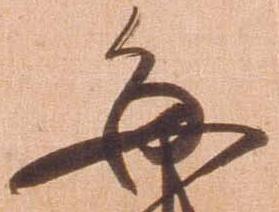
毎